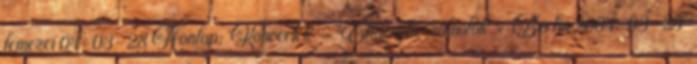
lemezei 04-03-28 Honlap: 'Koncertek' - 'Élménybeszámolók' » 'Berlin 2004-03-25'